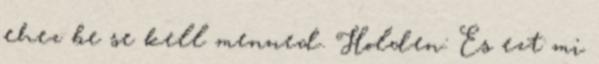
ehez be se kell menned. Holden: Es ezt mi